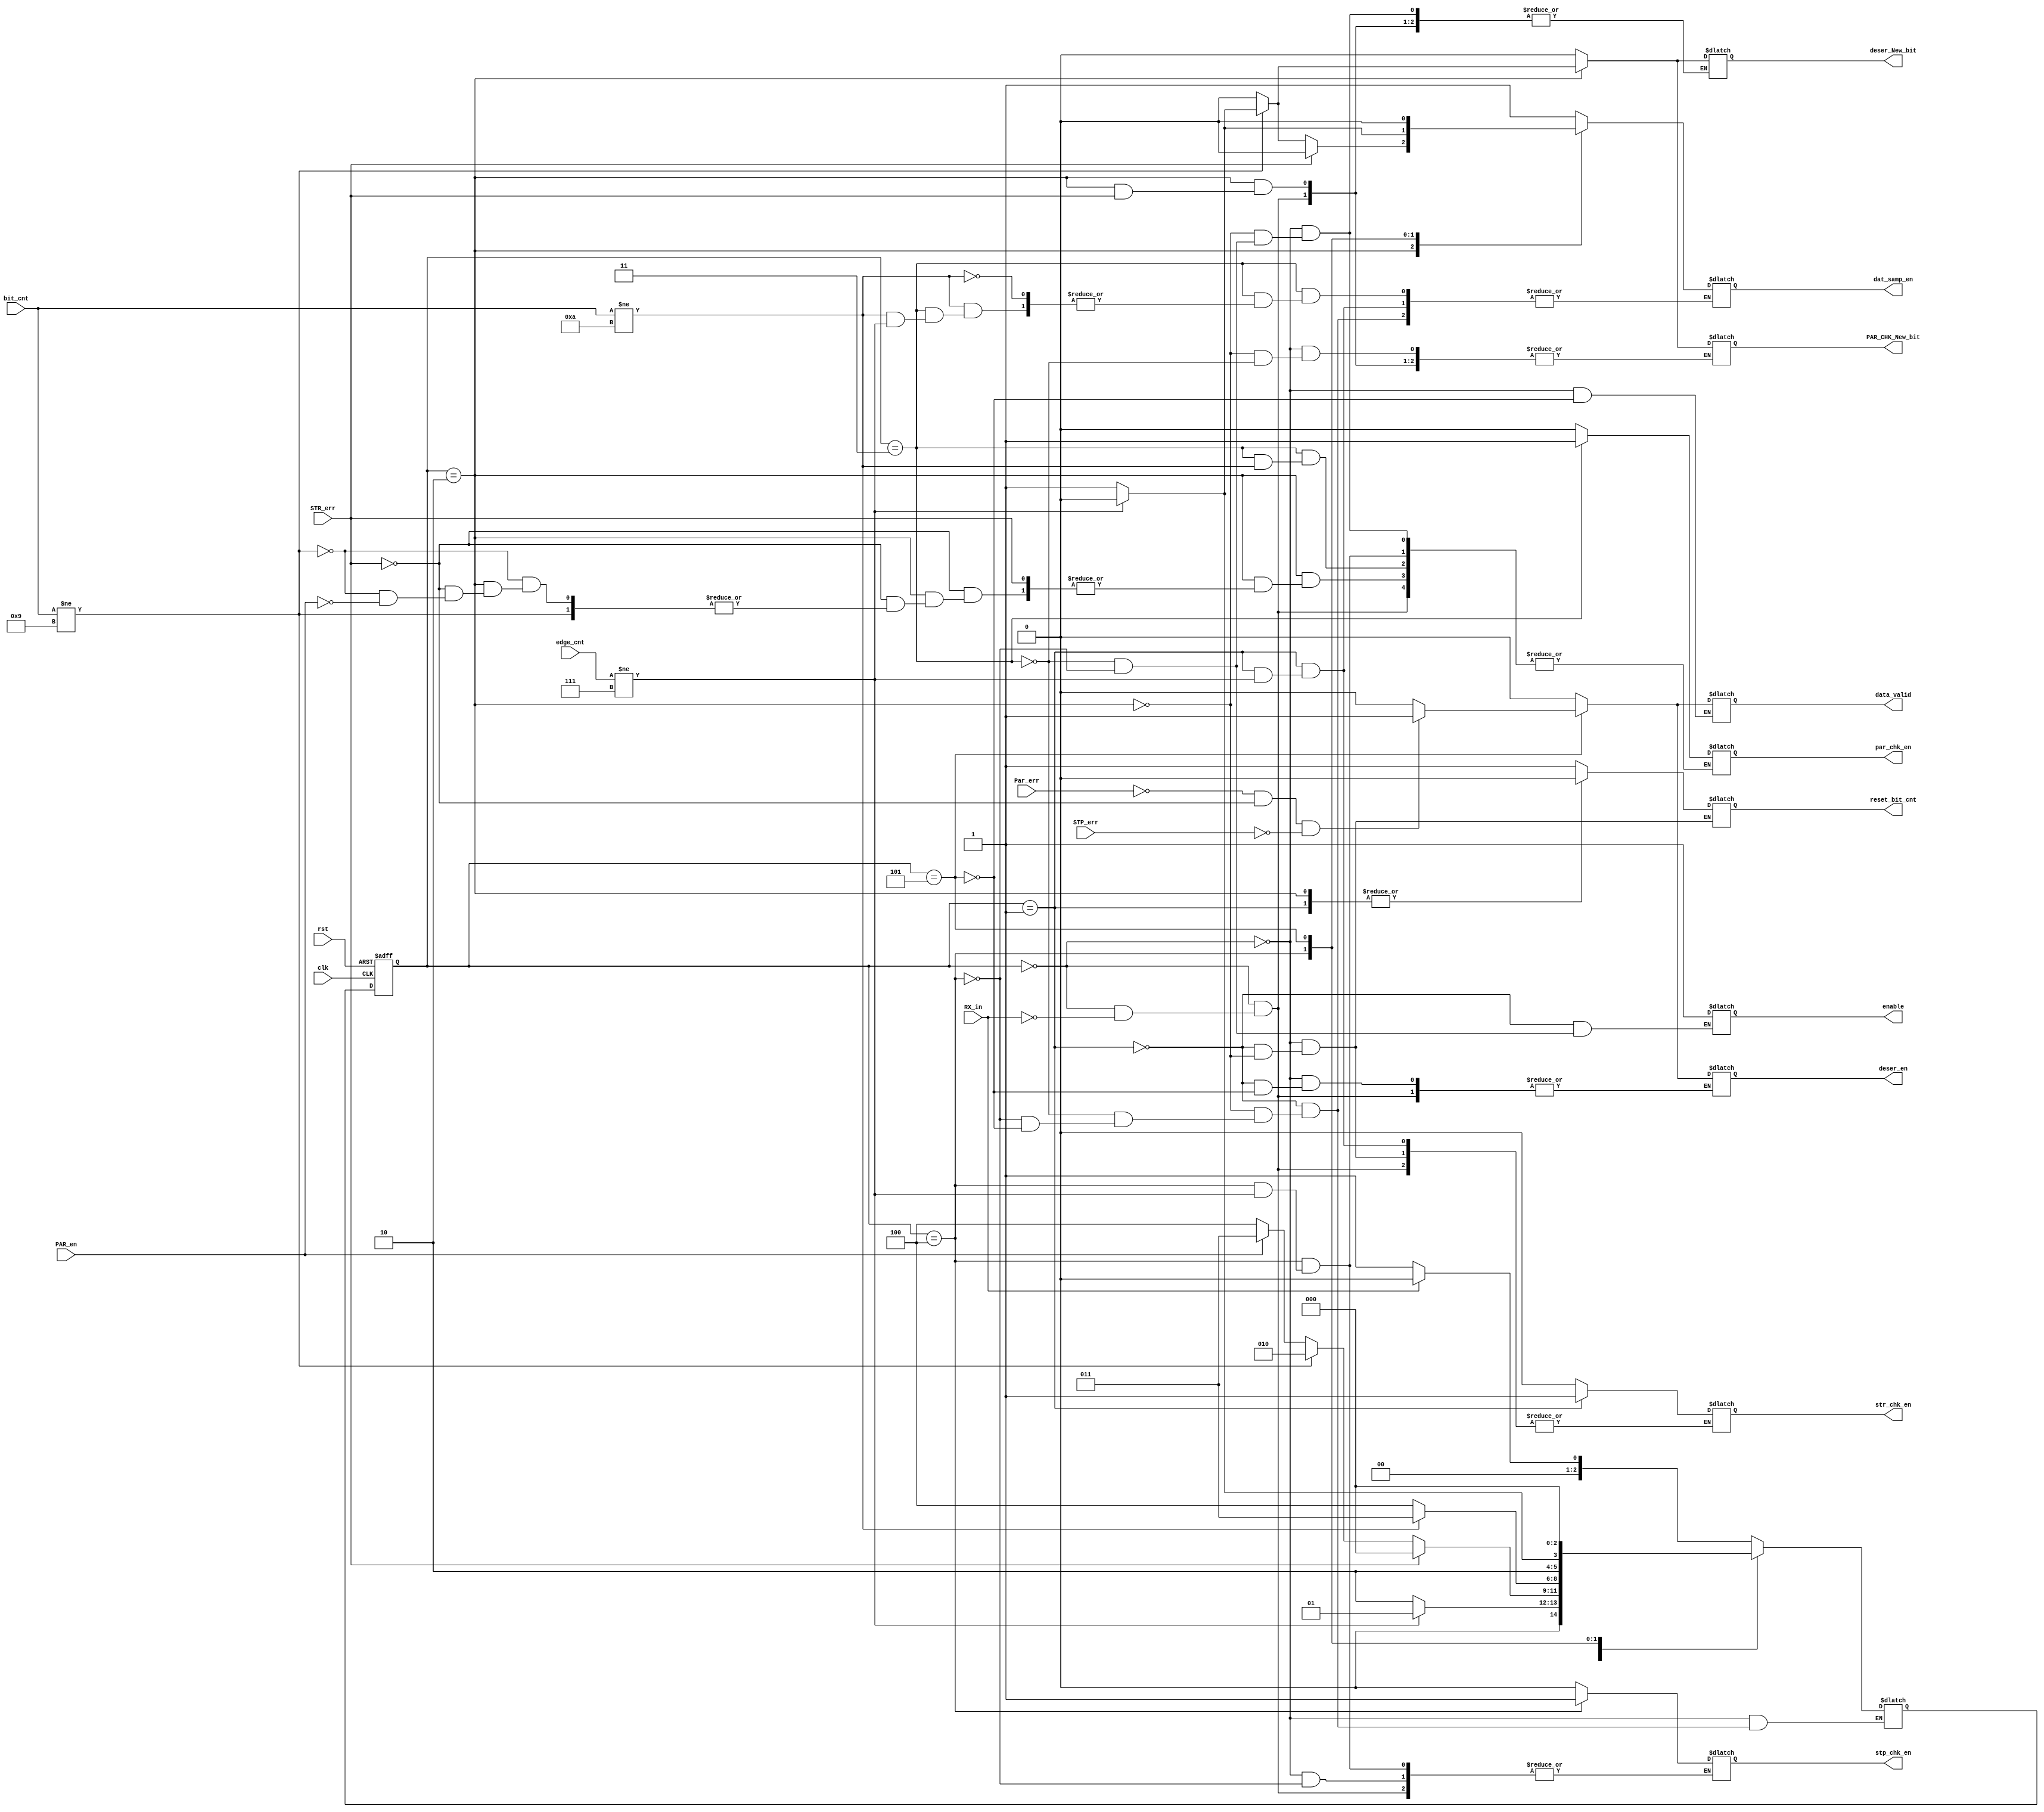
module FSM (
    input wire RX_in,
    input wire PAR_en,
    input wire clk,
    input wire rst,
    input wire Par_err,
    input wire STR_err,
    input wire STP_err,
    input wire [3:0] bit_cnt,
    input wire [3:0] edge_cnt,
    output reg par_chk_en,
    output reg enable,
    output reg dat_samp_en,
    output reg str_chk_en,
    output reg stp_chk_en,
    output reg data_valid,
    output reg deser_en,
    output reg PAR_CHK_New_bit,
    output reg reset_bit_cnt,
    output reg deser_New_bit

);

// state decleration 
localparam  [2:0]Idle =3'b000 ,
                Start =3'b001 ,
                data =3'b010 ,
                Parity =3'b011 ,
                Stop =3'b100 ,
                OP_chk= 3'b101,
                OP_P=3'b110;



reg    [2:0]         curent_state,
                     next_state ;


always @(posedge clk or negedge rst) 
begin
    if(!rst)
    begin  
    curent_state<=Idle;
    end
    else
    curent_state<=next_state;

end



always @(*)
begin
case (curent_state)
    Idle:
    begin
        if(RX_in)
            begin
                reset_bit_cnt=1'b1;
                par_chk_en=1'b0;
                str_chk_en=1'b0;
                stp_chk_en=1'b0;
                data_valid=1'b0;
                deser_en=1'b0;
                PAR_CHK_New_bit=1'b0;
                deser_New_bit=1'b0;
                
                
                next_state=Idle;

            end
        else
            begin
            reset_bit_cnt=1'b1;

            data_valid=1'b0;
            next_state=Start;  
            end
    end

    Start:
    begin
        enable=1'b1;
        deser_en=1'b0;
        reset_bit_cnt=1'b0;

        if (edge_cnt!=4'b0111) 
            begin
                next_state=Start;   
            end
        else 
            begin
                dat_samp_en=1'b1;
                str_chk_en=1'b1;    
                next_state=data;
            end    
    end
    
    data:
        begin
            reset_bit_cnt=1'b0;
            dat_samp_en=1'b0;
            str_chk_en=1'b0;
            if(STR_err)
            begin
                next_state=Idle;

            end    
else
begin
    

            if (bit_cnt!=4'b1001) begin
              begin
                    if (edge_cnt!=4'b111) 
                        begin
                            deser_New_bit=1'b0;
                           PAR_CHK_New_bit=1'b0;

                            next_state=data;   
                        end
                    else 
                        begin
                            deser_New_bit=1'b1;
                            PAR_CHK_New_bit=1'b1;
                            dat_samp_en=1'b1;
                            next_state=data;
                        end    
                end  
            end
            else
                begin
                    deser_New_bit=1'b0;
                    PAR_CHK_New_bit=1'b0;            
                    if (PAR_en) 
                        begin
                        par_chk_en=1'b0;    
                        next_state=Parity;
                        end
                    else next_state=Stop;

                
                end     
        end
    
end

    Parity:
        begin
            deser_New_bit=1'b0;
            PAR_CHK_New_bit=1'b0;
            enable=1'b1;
            if (bit_cnt!=4'b1010) 
                begin
                    if (edge_cnt!=4'b0111) begin
                    next_state=Parity;
                    end
                    else
                        begin
                            dat_samp_en=1'b1;
                            next_state=Parity;
                        end
                    
   
                end
            else 
                begin
                    par_chk_en=1'b1;    
                    next_state=Stop;
                end    
        end
    Stop:
            begin
                enable=1'b1;
                deser_New_bit=1'b0;
                dat_samp_en=1'b0;


                if (edge_cnt!=4'b0111) 
                    begin

                        next_state=Stop;   
                    end
                else 
                    begin
                        dat_samp_en=1'b1;
                        par_chk_en=1'b0;    
                        stp_chk_en=1'b1;
                       next_state=OP_chk;   

                            
                    end    
            end
            


    OP_chk:
        begin
                 dat_samp_en=1'b0;
                if (Par_err==0&&STR_err==0&&STP_err==0) 
                    begin
                        next_state=OP_P;
                        deser_en=1'b1;
                        data_valid=1'b1;
                        next_state=Idle;

                    end 
                else
                    begin
                        deser_en=1'b0;
                        data_valid=1'b0;                
                        next_state=Idle;
                    end   
                

        end  

        
          

    





endcase    
end





    
endmodule